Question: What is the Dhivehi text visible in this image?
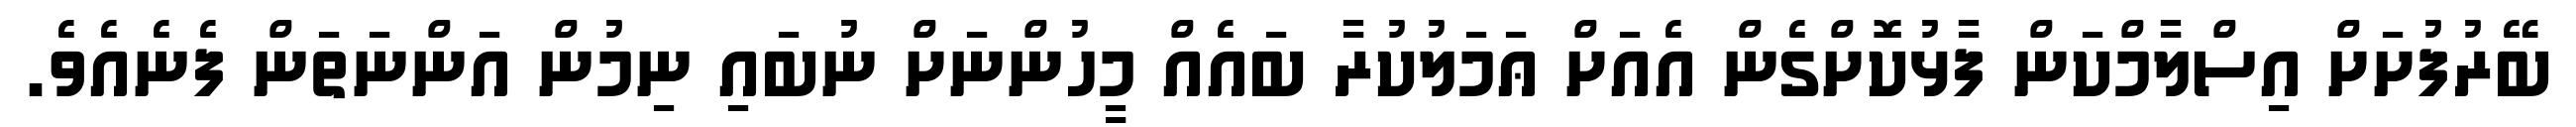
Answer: ބޭރުފުށަށް އިސްލާމްކަން ފާޅުކޮށްގެން އެއަށް ޢަމަލުކުރާ ބައެއް މީހުންނަށް ނުބައި ނިމުން އަންނަތަން ފެނެއެވެ.